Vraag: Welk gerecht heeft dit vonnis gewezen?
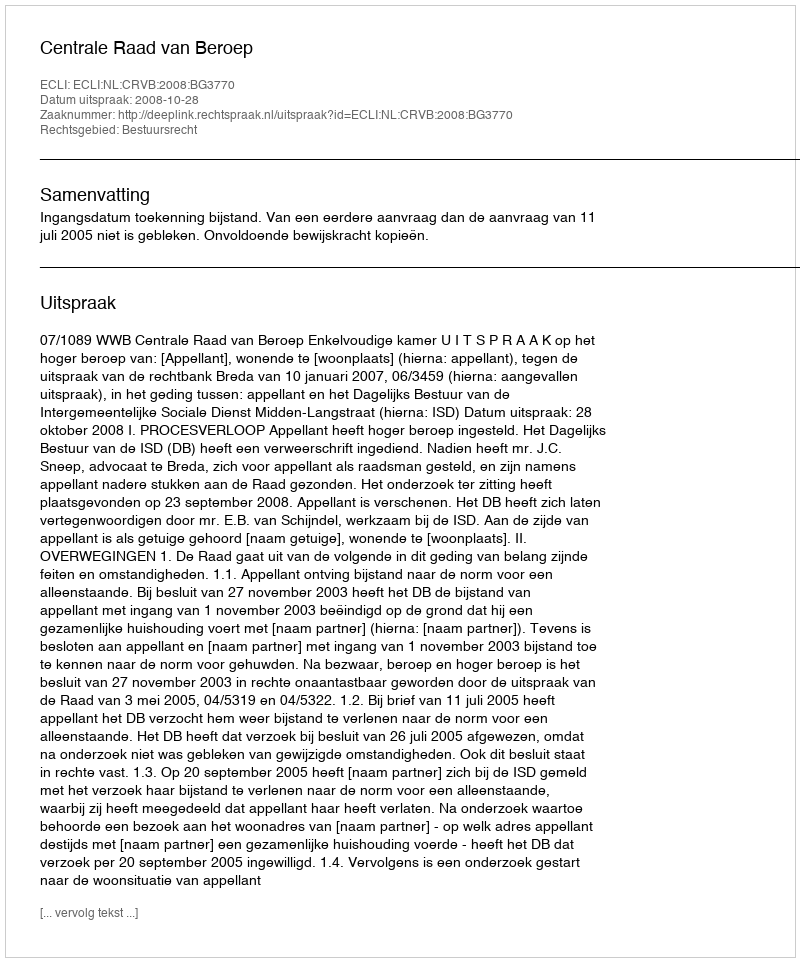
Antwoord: Centrale Raad van Beroep